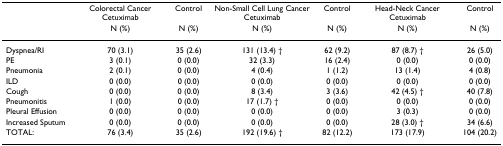
<table><thead><tr><td></td><td><b>Colorectal Cancer Cetuximab</b></td><td><b>Control</b></td><td><b>Non-Small Cell Lung Cancer Cetuximab</b></td><td><b>Control</b></td><td><b>Head-Neck Cancer Cetuximab</b></td><td><b>Control</b></td></tr><tr><td></td><td><b>N (%)</b></td><td><b>N (%)</b></td><td><b>N (%)</b></td><td><b>N (%)</b></td><td><b>N (%)</b></td><td><b>N (%)</b></td></tr></thead><tbody><tr><td>Dyspnea/RI</td><td>70 (3.1)</td><td>35 (2.6)</td><td>131 (13.4) †</td><td>62 (9.2)</td><td>87 (8.7) †</td><td>26 (5.0)</td></tr><tr><td>PE</td><td>3 (0.1)</td><td>0 (0.0)</td><td>32 (3.3)</td><td>16 (2.4)</td><td>0 (0.0)</td><td>0 (0.0)</td></tr><tr><td>Pneumonia</td><td>2 (0.1)</td><td>0 (0.0)</td><td>4 (0.4)</td><td>1 (1.2)</td><td>13 (1.4)</td><td>4 (0.8)</td></tr><tr><td>ILD</td><td>0 (0.0)</td><td>0 (0.0)</td><td>0 (0.0)</td><td>0 (0.0)</td><td>0 (0.0)</td><td>0 (0.0)</td></tr><tr><td>Cough</td><td>0 (0.0)</td><td>0 (0.0)</td><td>8 (3.4)</td><td>3 (3.6)</td><td>42 (4.5) †</td><td>40 (7.8)</td></tr><tr><td>Pneumonitis</td><td>1 (0.0)</td><td>0 (0.0)</td><td>17 (1.7) †</td><td>0 (0.0)</td><td>0 (0.0)</td><td>0 (0.0)</td></tr><tr><td>Pleural Effusion</td><td>0 (0.0)</td><td>0 (0.0)</td><td>0 (0.0)</td><td>0 (0.0)</td><td>3 (0.3)</td><td>0 (0.0)</td></tr><tr><td>Increased Sputum</td><td>0 (0.0)</td><td>0 (0.0)</td><td>0 (0.0)</td><td>0 (0.0)</td><td>28 (3.0) †</td><td>34 (6.6)</td></tr><tr><td>TOTAL:</td><td>76 (3.4)</td><td>35 (2.6)</td><td>192 (19.6) †</td><td>82 (12.2)</td><td>173 (17.9)</td><td>104 (20.2)</td></tr></tbody></table>